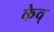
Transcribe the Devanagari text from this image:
केव्‌